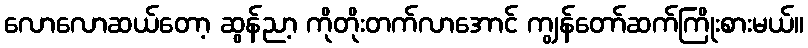
လောလောဆယ်တော့ ဆွန်ညာ့ ကိုတိုးတက်လာအောင် ကျွန်တော်ဆက်ကြိုးစားမယ်။